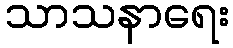
သာသနာရေး